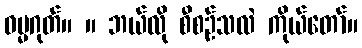
ဓမ္မဂုတ်။ ။ ဘယ်လို စီစဉ်သလဲ ကိုယ်တော်။